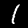
Digit: 1